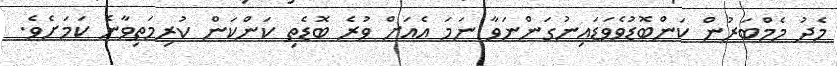
މެދު މެމްބަރުން ކަންބޮޑުވެވަޑައިނުގަންނަވާ ނަމަ އެއަށް ވުރެ ބޮޑެތި ކަންކަން ކުރިމަތިވާނެ ކަމަށެވެ.